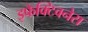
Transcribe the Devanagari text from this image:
इफेक्टिवनेस